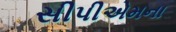
સીપીએમના